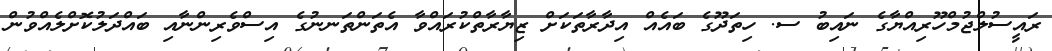
ރައީސުލްޖުމްހޫރިއްޔާގެ ނައިބު ސ. ހިތަދޫގެ ބައެއް އިދާރާތަކަށް ޒިޔާރާތްކުރައްވާ އެތަންތަނނުގެ އިސްވެރިންނާއި ބައްދަލުކޮށްލެއްވުން